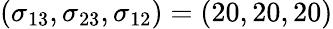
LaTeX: (\sigma_{13},\sigma_{23},\sigma_{12})=(20,20,20)